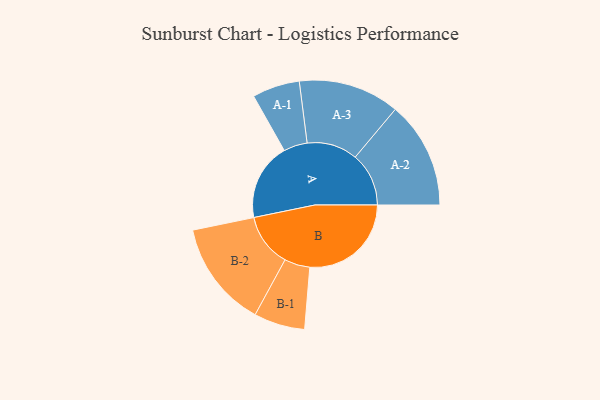
{"axis": {"x": "Segment", "y": "Value"}, "legend": ["", "A", "B"], "data": [{"x": "A", "y": 345, "type": ""}, {"x": "B", "y": 453, "type": ""}, {"x": "A-1", "y": 106, "type": "A"}, {"x": "A-2", "y": 239, "type": "A"}, {"x": "A-3", "y": 226, "type": "A"}, {"x": "B-1", "y": 114, "type": "B"}, {"x": "B-2", "y": 238, "type": "B"}]}